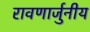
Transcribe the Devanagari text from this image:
रावणार्जुनीय